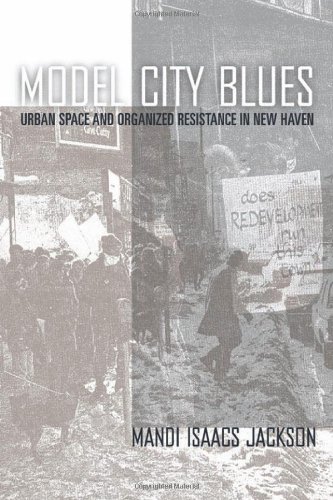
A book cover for Model City Blues: Urban Space and Organized Resistance in New Haven; Mandi Isaacs Jackson; Politics & Social Sciences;